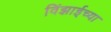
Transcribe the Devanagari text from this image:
विंझाईच्या